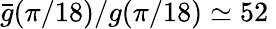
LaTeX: \bar{g}(\pi/18)/g(\pi/18)\simeq 52\